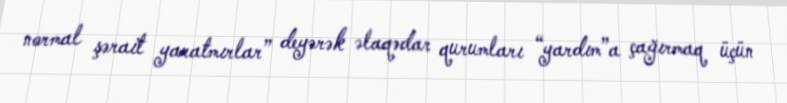
normal şərait yaratmırlar” deyərək əlaqədar qurumları “yardım”a çağırmaq üçün